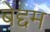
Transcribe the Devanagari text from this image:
बेद्दम